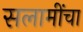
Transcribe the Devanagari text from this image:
सलामींचा